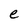
Character: e